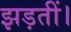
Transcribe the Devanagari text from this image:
झड़तीं।